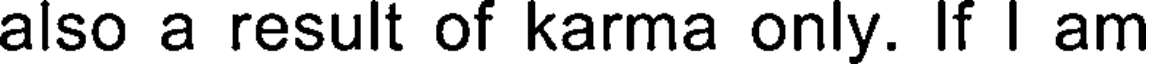
also a result of karma only. If I am